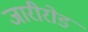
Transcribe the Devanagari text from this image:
जारीरोड